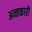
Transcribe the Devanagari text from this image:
अन्तकारी